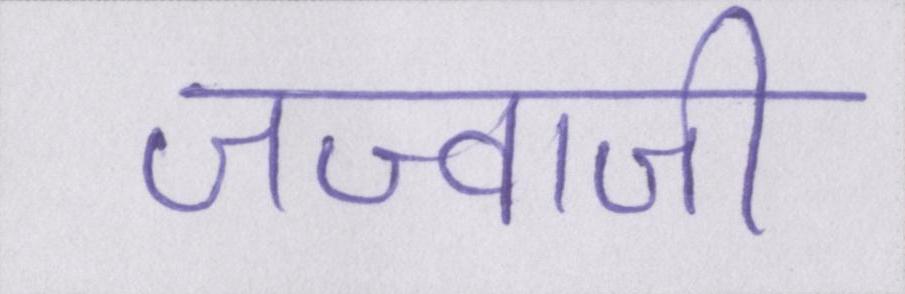
जज्बाजी